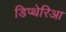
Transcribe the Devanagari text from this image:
डिप्थेरिआ